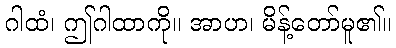
ဂါထံ၊ ဤဂါထာကို။ အာဟ၊ မိန့်တော်မူ၏။